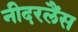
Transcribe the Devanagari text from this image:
नीदरलैंस